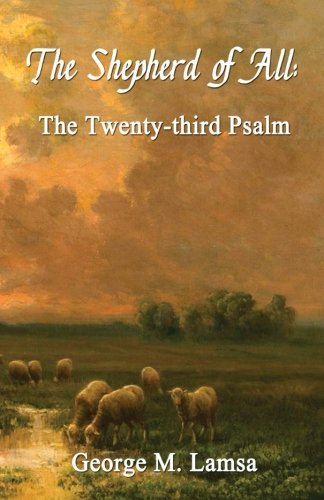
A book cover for The Shepherd of All: The Twenty-third Psalm; Dr. George M. Lamsa; Christian Books & Bibles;